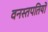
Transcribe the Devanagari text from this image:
वनस्तपतियों